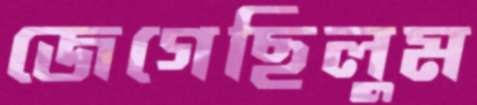
জেগেছিলুম